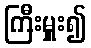
ကြီးမှူး၍